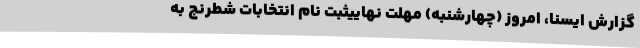
گزارش ایسنا، امروز (چهارشنبه) مهلت نهاییثبت نام انتخابات شطرنج به